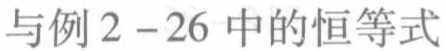
与例 2 - 26 中的恒等式